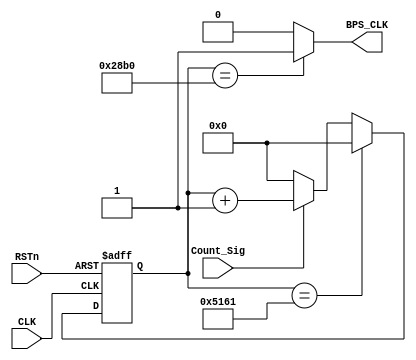
module tx_bps_module
(
    CLK, RSTn,
	 Count_Sig, 
	 BPS_CLK
);

    input CLK;
	 input RSTn;
	 input Count_Sig;
	 output BPS_CLK;
	 
	 /***************************/
	 
	 reg [15:0]Count_BPS;
	 
	 always @ ( posedge CLK or negedge RSTn )
	    if( !RSTn )
		     Count_BPS <= 16'd0;
		 else if( Count_BPS == 16'd20833 )
		     Count_BPS <= 16'd0;
		 else if( Count_Sig )
		     Count_BPS <= Count_BPS + 1'b1;
		 else
		     Count_BPS <= 16'd0;
			  
	 /********************************/

    assign BPS_CLK = ( Count_BPS == 16'd10416 ) ? 1'b1 : 1'b0;

    /*********************************/

endmodule